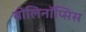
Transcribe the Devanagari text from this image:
बोलिनॉप्सिस